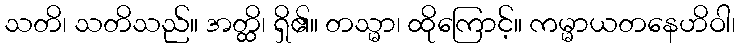
သတိ၊ သတိသည်။ အတ္ထိ၊ ရှိ၏။ တသ္မာ၊ ထိုကြောင့်။ ကမ္မာယတနေဟိဝါ၊